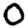
Digit: 0